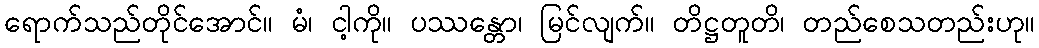
ရောက်သည်တိုင်အောင်။ မံ၊ ငါ့ကို။ ပဿန္တော၊ မြင်လျက်။ တိဋ္ဌတူတိ၊ တည်စေသတည်းဟု။